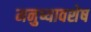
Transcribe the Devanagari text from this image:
मनुष्यावशेष